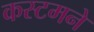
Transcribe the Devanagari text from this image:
कस्टमने